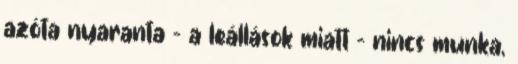
azóta nyaranta – a leállások miatt – nincs munka,